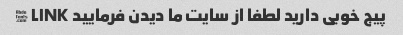
پیج خوبی دارید لطفا از سایت ما دیدن فرمایید LINK �